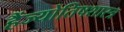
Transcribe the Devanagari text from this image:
हैंज्योतिषशास्त्र